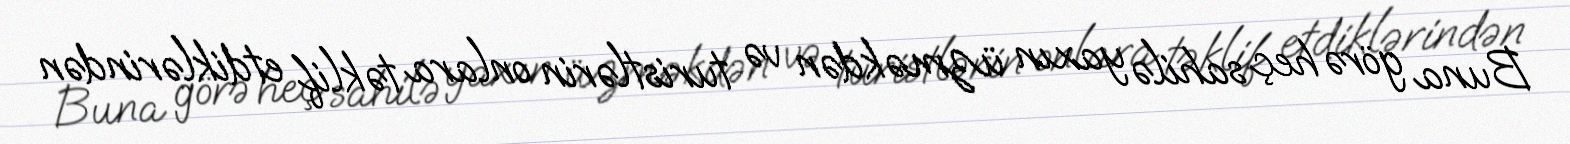
Buna görə heç sahilə yaxın üzməkdən və turistlərin onlara təklif etdiklərindən